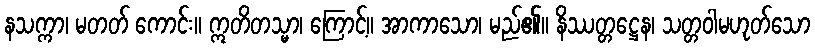
နသက္ကာ၊ မတတ် ကောင်း။ ဣတိတသ္မာ၊ ကြောင့်။ အာကာသော၊ မည်၏။ နိဿတ္တဋ္ဌေန၊ သတ္တဝါမဟုတ်သော